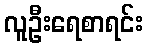
လူဦးရေစာရင်း